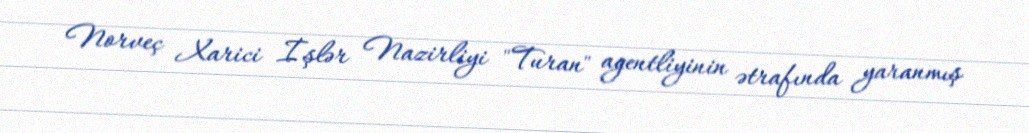
Norveç Xarici İşlər Nazirliyi "Turan" agentliyinin ətrafında yaranmış